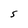
Character: S